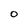
Character: O